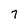
Character: 7